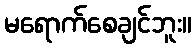
မရောက်စေချင်ဘူး။